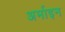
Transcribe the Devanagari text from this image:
अर्माइन